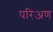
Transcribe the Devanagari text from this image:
परिअण